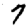
Digit: 7